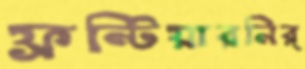
ফ্রন্টিয়ারনির্